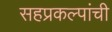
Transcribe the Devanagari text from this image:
सहप्रकल्पांची